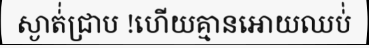
ស្ងាត់់ជ្រាប !ហើយគ្មានអោយឈប់់